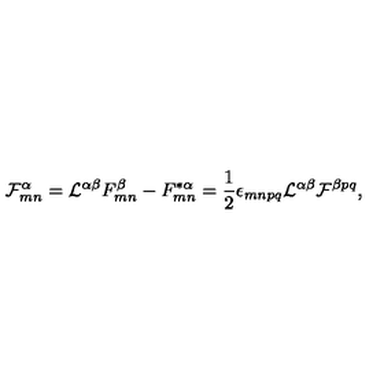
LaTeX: { \cal F } _ { m n } ^ { \alpha } = { \cal L } ^ { \alpha \beta } F _ { m n } ^ { \beta } - F _ { m n } ^ { * \alpha } = { \frac { 1 } { 2 } } \epsilon _ { m n p q } { \cal L } ^ { \alpha \beta } { \cal F } ^ { \beta p q } ,